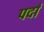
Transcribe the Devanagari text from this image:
पर्दां